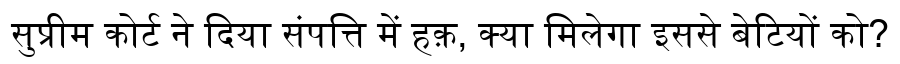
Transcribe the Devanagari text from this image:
सुप्रीम कोर्ट ने दिया संपत्ति में हक़, क्या मिलेगा इससे बेटियों को?